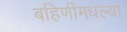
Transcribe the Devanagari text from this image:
बहिणींमधल्या